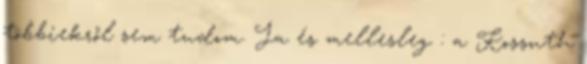
többiekről sem tudom. Ja és mellesleg : a Kossuth